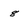
Character: 8